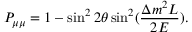
P _ { \mu \mu } = 1 - \sin ^ { 2 } 2 \theta \sin ^ { 2 } ( \frac { \Delta m ^ { 2 } L } { 2 E } ) .